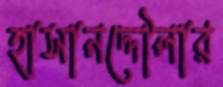
হাসানদ্দৌলার